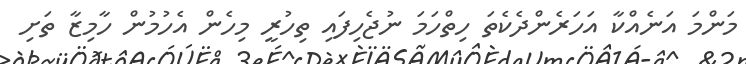
މަންމަ އަނެއްކާ އަހަރެންދެކެތަ ހިތްހަމަ ނުޖެހިފައި ތިހުރީ މިހެން އެހުމުން ހާމިޒާ ތަށި